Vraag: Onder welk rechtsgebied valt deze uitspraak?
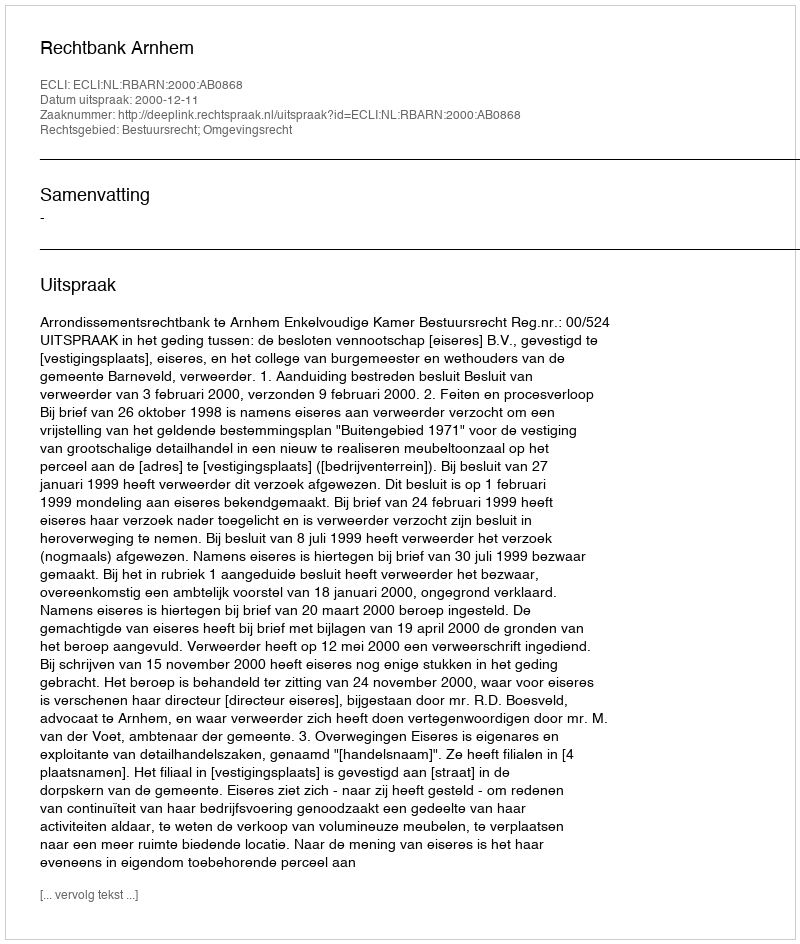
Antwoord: Bestuursrecht; Omgevingsrecht